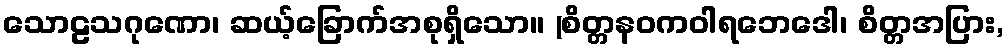
သောဠသဂုဏော၊ ဆယ့်ခြောက်အစုရှိသော။ (စိတ္တနဝကဝါရဘေဒေါ၊ စိတ္တအပြား,